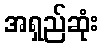
အရှည်ဆုံး